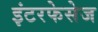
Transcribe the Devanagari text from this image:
इंटरफेसेज